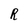
Character: R